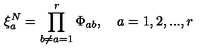
\xi _ { a } ^ { N } = \prod _ { b \neq a = 1 } ^ { r } \Phi _ { a b } , \quad a = 1 , 2 , . . . , r